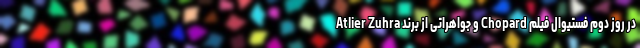
Atlier Zuhra و‌‌ جواهراتی از برند Chopard در روز دوم ‌فستیوال فیلم‌